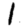
Digit: 1